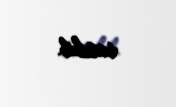
satılıb.